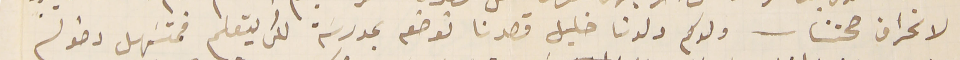
لانحراف صحتنا - ولدكم ولدنا خليل قصدنا نوضعه بمدرسَة لكى يتعلم فمتسَهل دخوله